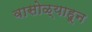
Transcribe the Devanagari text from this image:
वासोळ्याहून